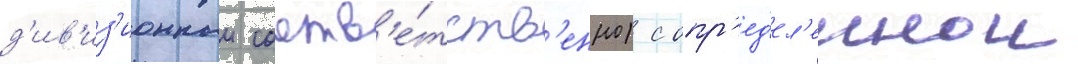
д'ив'из'ионныи соотв'е́тств'енно) с опр'ед'ел'еннои